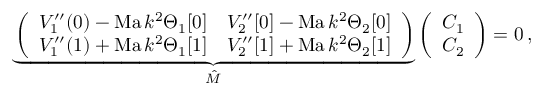
\underbrace { \left( \begin{array} { l l } { V _ { 1 } ^ { \prime \prime } ( 0 ) - \mathrm { M a } \, k ^ { 2 } \Theta _ { 1 } [ 0 ] } & { V _ { 2 } ^ { \prime \prime } [ 0 ] - \mathrm { M a } \, k ^ { 2 } \Theta _ { 2 } [ 0 ] } \\ { V _ { 1 } ^ { \prime \prime } ( 1 ) + \mathrm { M a } \, k ^ { 2 } \Theta _ { 1 } [ 1 ] } & { V _ { 2 } ^ { \prime \prime } [ 1 ] + \mathrm { M a } \, k ^ { 2 } \Theta _ { 2 } [ 1 ] } \end{array} \right) } _ { \hat { M } } \left( \begin{array} { l } { C _ { 1 } } \\ { C _ { 2 } } \end{array} \right) = 0 \, ,